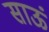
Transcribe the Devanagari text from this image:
साऊं